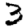
Digit: 3